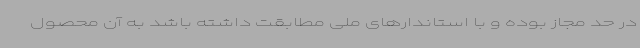
در حد مجاز بوده و با استاندارهای ملی مطابقت داشته باشد به آن محصول